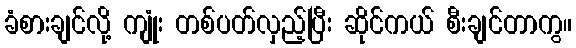
ခံစားချင်လို့ ကျုံး တစ်ပတ်လှည့်ပြီး ဆိုင်ကယ် စီးချင်တာကွ။